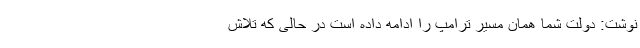
نوشت: دولت شما همان مسیر ترامپ را ادامه داده است در حالی که تلاش